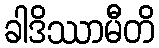
ခါဒိဿာမီတိ